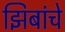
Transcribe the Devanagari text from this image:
झिबांचे